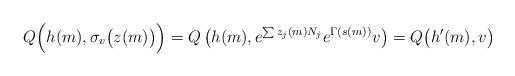
\begin{align*}Q \Bigl( h(m), \sigma_v \bigl( z(m) \bigr) \Bigr)= Q \left( h(m), e^{\sum z_j(m) N_j} e^{\Gamma(s(m))} v \right)= Q \bigl( h'(m), v \bigr)\end{align*}